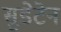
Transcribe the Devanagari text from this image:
सुडेटेन